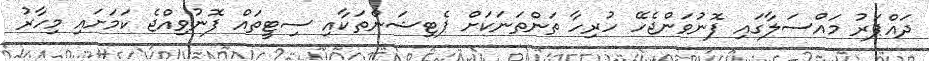
ދައްޕަރު މައްސަލާގައި ފޮނުވަންޖެހޭ ހުރިހާ ތަންތަނަކަށް ޕެޓިޝަންތަކާއި ސިޓީތައް ފޮނުވިއްޖެ ކަމަށައި މިހާރު